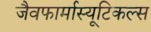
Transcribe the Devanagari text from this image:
जैवफार्मास्यूटिकल्स